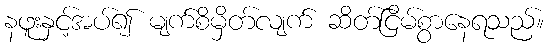
နဖူးနှင့်အပ်၍ မျက်စိမှိတ်လျက် ဆိတ်ငြိမ်စွာနေရသည်။